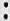
: